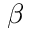
\beta